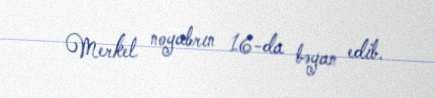
Merkel noyabrın 16-da bəyan edib.